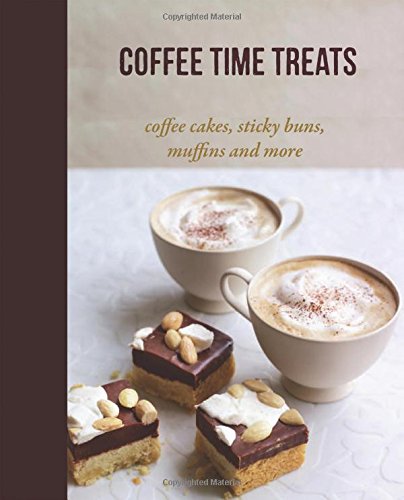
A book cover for Coffee Time Treats: Coffee Cakes, Sticky Buns, Muffins and More; Cookbooks, Food & Wine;